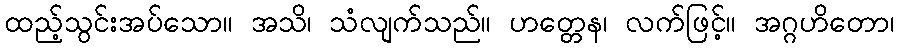
ထည့်သွင်းအပ်သော။ အသိ၊ သံလျက်သည်။ ဟတ္တေန၊ လက်ဖြင့်။ အဂ္ဂဟိတော၊